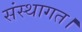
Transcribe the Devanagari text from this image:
संस्थागत।